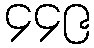
၄၄၉